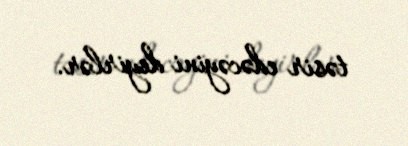
təsir edəcəyini deyirlər.